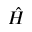
\hat { H }